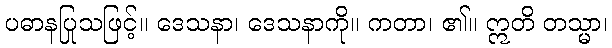
ပဓာနပြုသဖြင့်။ ဒေသနာ၊ ဒေသနာကို။ ကတာ၊ ၏။ ဣတိ တသ္မာ၊